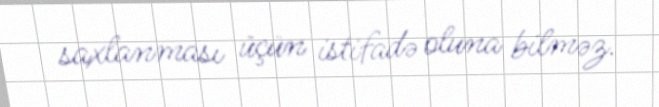
saxlanması üçün istifadə oluna bilməz.